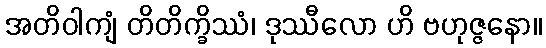
အတိဝါကျံ တိတိက္ခိဿံ၊ ဒုဿီလော ဟိ ဗဟုဇ္ဇနော။